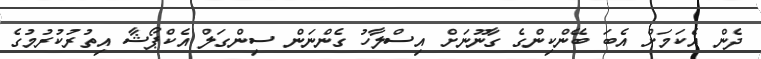
ދެން އެކަމަށް އެބަ ބޭންކިންގެ ގާނޫނަށް އިސްލާހު ގެންނަން ސިންގަލް އެކްޕޯޝާ އިތުރުކުރުމުގެ